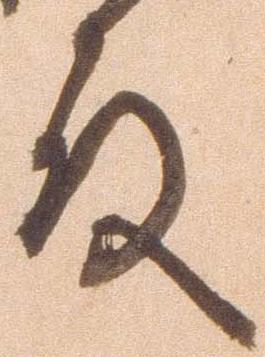
殿